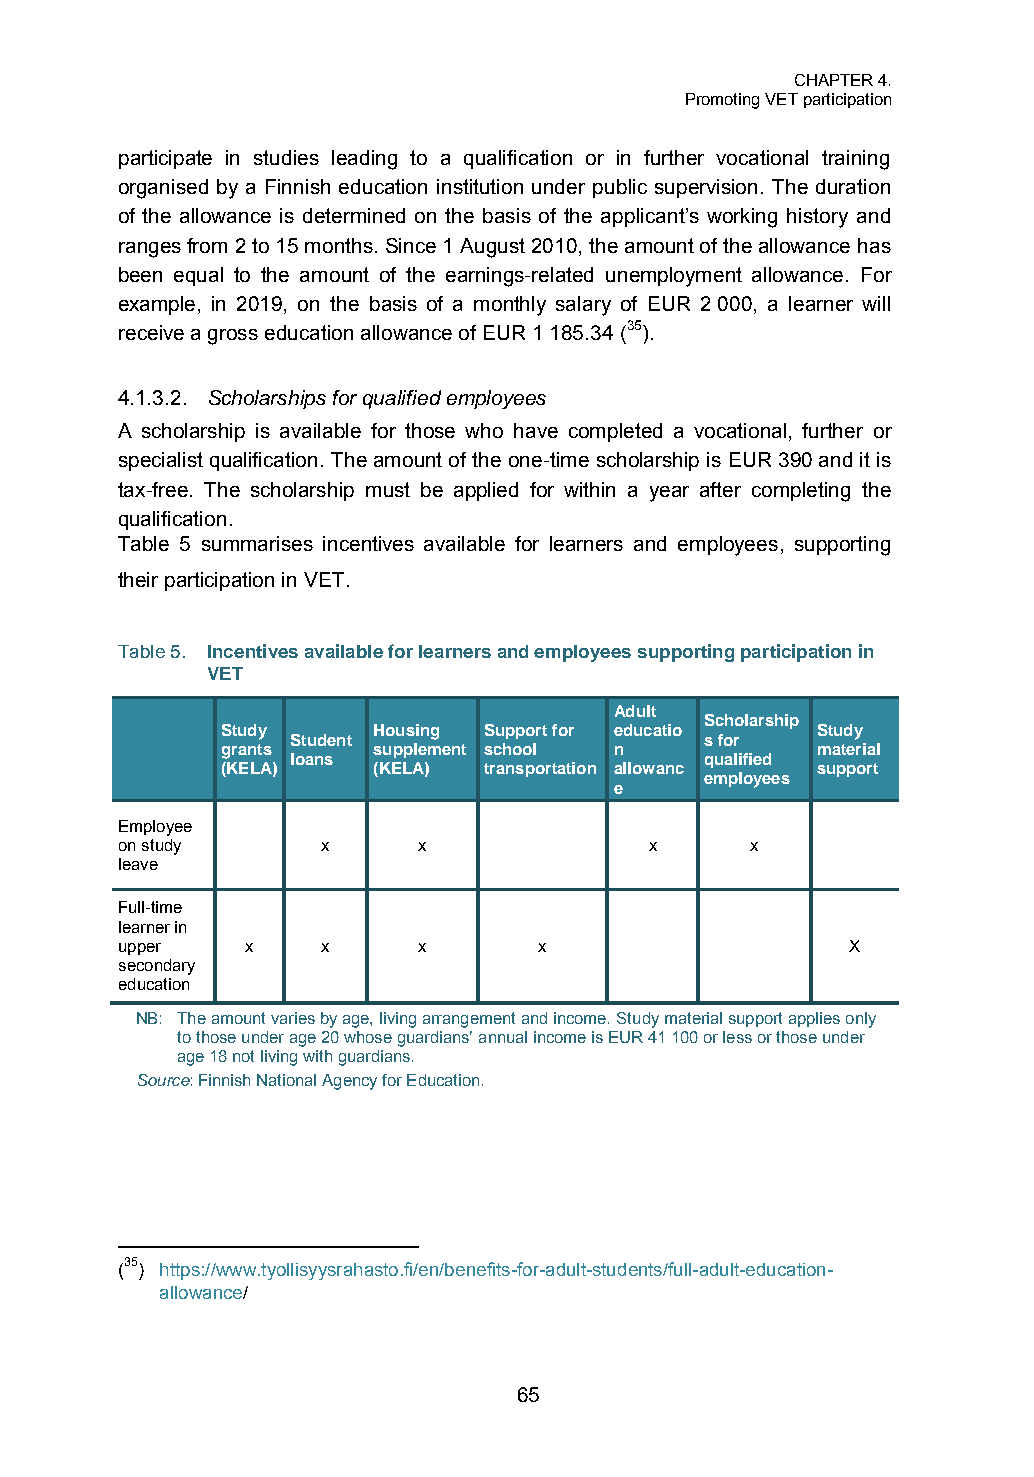
CHAPTER 4.
 Promoting VET participation
 participate in studies leading to a qualification or in further vocational training
 organised by a Finnish education institution under public supervision. The duration
 of the allowance is determined on the basis of the applicant’s working history and
 ranges from 2 to 15 months. Since 1 August 2010, the amount of the allowance has
 been equal to the amount of the earnings-related unemployment allowance. For
 example, in 2019, on the basis of a monthly salary of EUR 2 000, a learner will
 receive a gross education allowance of EUR 1 185.34 (35).
 4.1.3.2. Scholarships for qualified employees
 A scholarship is available for those who have completed a vocational, further or
 specialist qualification. The amount of the one-time scholarship is EUR 390 and it is
 tax-free. The scholarship must be applied for within a year after completing the
 qualification.
 Table 5 summarises incentives available for learners and employees, supporting
 their participation in VET.
 Table 5. Incentives available for learners and employees supporting participation in
 VET
 Adult
 Scholarship
 Study     Housing Support for educatio Study
 Student                     s for
 grants    supplement school n          material
 loans                       qualified
 (KELA)    (KELA) transportation allowanc support
 employees
 e
 Employee
 on study     x      x              x      x
 leave
 Full-time
 learner in
 upper   x    x      x       x                   X
 secondary
 education
 NB: The amount varies by age, living arrangement and income. Study material support applies only
 to those under age 20 whose guardians’ annual income is EUR 41 100 or less or those under
 age 18 not living with guardians.
 Source: Finnish National Agency for Education.
 (35) https://www.tyollisyysrahasto.fi/en/benefits-for-adult-students/full-adult-education-
 allowance/
 65